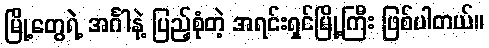
မြို့တွေရဲ့ အင်္ဂါနဲ့ ပြည့်စုံတဲ့ အရင်းရှင်မြို့ကြီး ဖြစ်ပါတယ်။